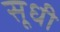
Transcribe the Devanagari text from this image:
सूधी